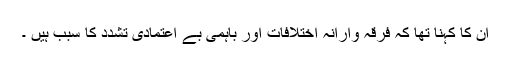
ان کا کہنا تھا کہ فرقہ وارانہ اختلافات اور باہمی بے اعتمادی تشدد کا سبب ہیں ۔